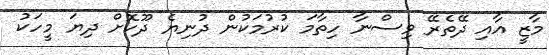
މާޒީ އާއި ދޭތެރޭ ވިސްނާ ހިތާމަ ކުރުމަކުން ދުނިޔެ ދޫކޮށް ދިޔަ މީހަކު